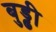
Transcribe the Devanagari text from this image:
बुड्ढी